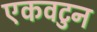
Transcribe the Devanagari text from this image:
एकवटुन